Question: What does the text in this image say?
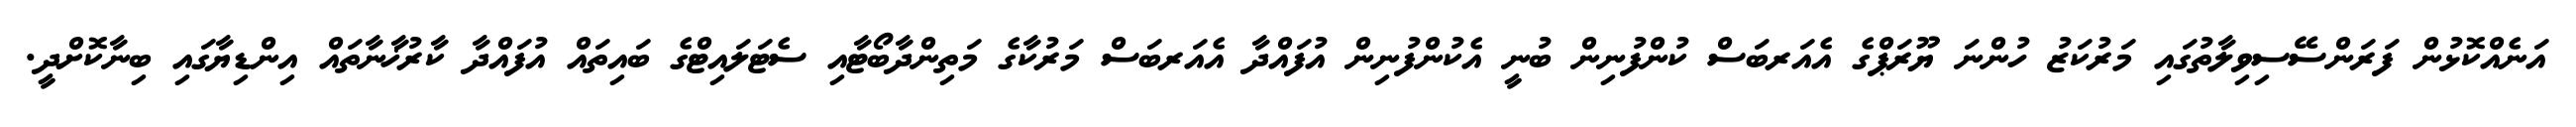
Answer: އަނެއްކޮޅުން ފަރަންސޭސިވިލާތުގައި މަރުކަޒު ހުންނަ ޔޫރަޕްގެ އެއަރބަސް ކުންފުނިން ބުނީ އެކުންފުނިން އުފައްދާ އެއަރބަސް މަރުކާގެ މަތިންދާބޯޓާއި ސެޓަލައިޓްގެ ބައިތައް އުފައްދާ ކާރުޚާނާތައް އިންޑިޔާގައި ބިނާކޮށްދީ.